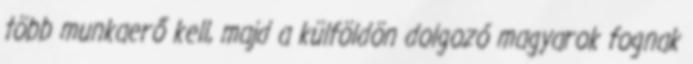
több munkaerő kell, majd a külföldön dolgozó magyarok fognak